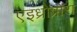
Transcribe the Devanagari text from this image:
एइध्रोप्रोरा